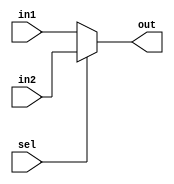
module Mux(output [7:0] out, input[7:0] in1, in2, input sel);
    assign out = (sel) ? in2 : in1;
endmodule